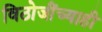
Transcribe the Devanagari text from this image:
विठोजींच्याही